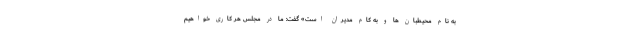
به نام محیطبان ها و به کام مدیران است» گفت: ما در مجلس هر کاری خواهیم